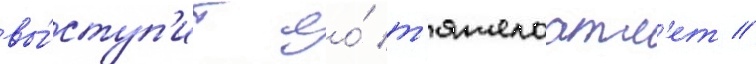
вы́ступ'ит ео́ т'яжелоатл'ет //